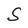
Character: S